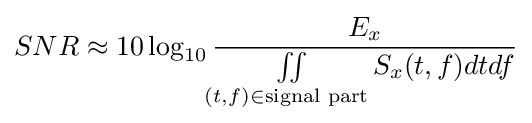
SNR\approx 10\log _{10}{\frac {E_{x}}{\iint \limits _{(t,f)\in {\text{signal part}}}S_{x}(t,f)dtdf}}